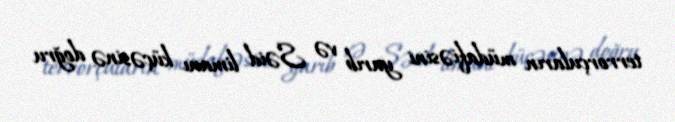
terrorçuların müdafiəsini yarıb və Səid limanı küçəsinə doğru